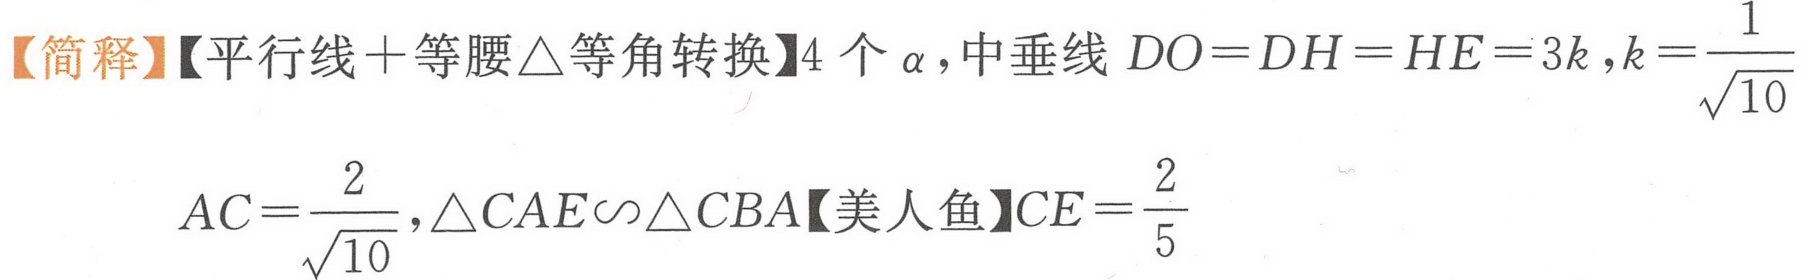
【简释】【平行线+等腰$\triangle$等角转换】4 个$\alpha$，中垂线$DO = DH = HE = 3k$，$k = \frac{1}{\sqrt{10}}$
$AC=\frac{2}{\sqrt{10}}$，$\triangle CAE\sim\triangle CBA$【美人鱼】$CE = \frac{2}{5}$